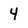
Character: 4